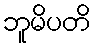
ဘူမိပတိ